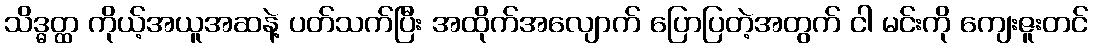
သိဒ္ဓတ္ထ ကိုယ့်အယူအဆနဲ့ ပတ်သက်ပြီး အထိုက်အလျောက် ပြောပြတဲ့အတွက် ငါ မင်းကို ကျေးဇူးတင်